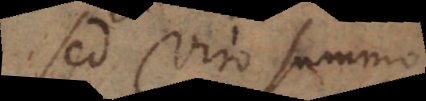
Sed Viro summo